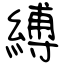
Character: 縛